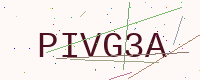
Text: PIVG3A